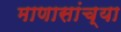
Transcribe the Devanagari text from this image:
माणासांच्या